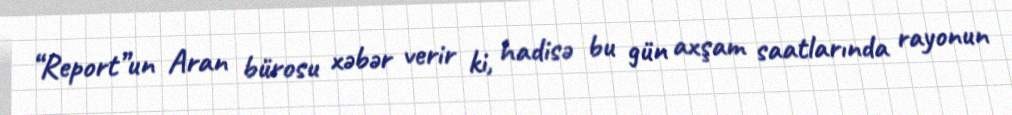
“Report”un Aran bürosu xəbər verir ki, hadisə bu gün axşam saatlarında rayonun